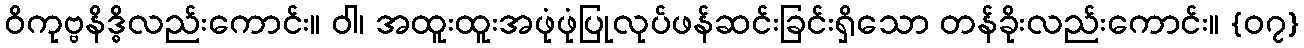
ဝိကုဗ္ဗနိဒ္ဓိလည်းကောင်း။ ဝါ၊ အထူးထူးအဖုံဖုံပြုလုပ်ဖန်ဆင်းခြင်းရှိသော တန်ခိုးလည်းကောင်း။ {၀၇}